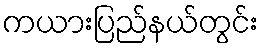
ကယားပြည်နယ်တွင်း